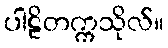
ပါဠိတက္ကသိုလ်။